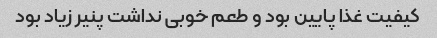
کیفیت غذا پایین بود و طعم خوبی نداشت پنیر زیاد بود